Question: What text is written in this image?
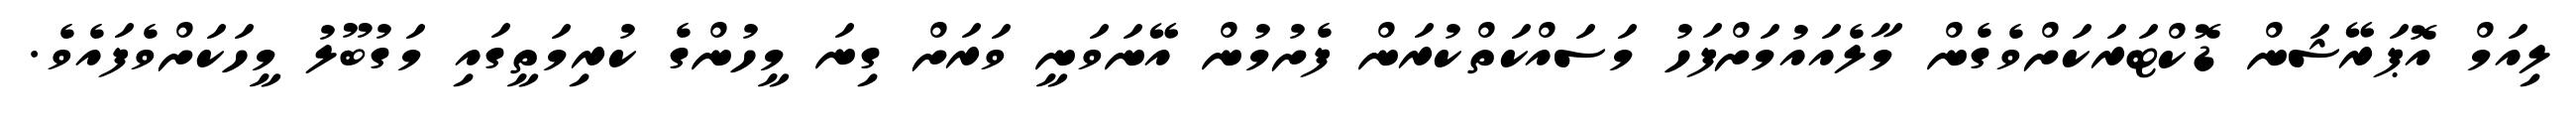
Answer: ލިއަމް އޮޕަރޭޝަން ޑޮކްޓަރަކަށްވެގެން މާލެއައުމަށްފަހު މަސައްކަތްކުރަން ފެށުމުން އޭނަވަނީ ވަރަށް ގިނަ މީހުންގެ ކުރިމަތީގައި މަގުބޫލު މީހަކަށްވެފައެވެ.